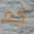
كم